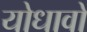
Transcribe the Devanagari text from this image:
योधावों